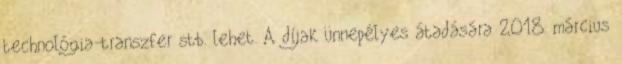
technológia-transzfer stb. lehet. A díjak ünnepélyes átadására 2018. március